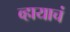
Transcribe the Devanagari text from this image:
व्हायाचं